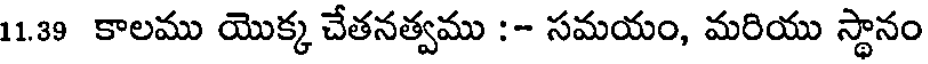
11.39 కాలము యొక్క చేతనత్వము :- సమయం, మరియు స్థానం